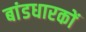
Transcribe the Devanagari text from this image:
बांडधारकों